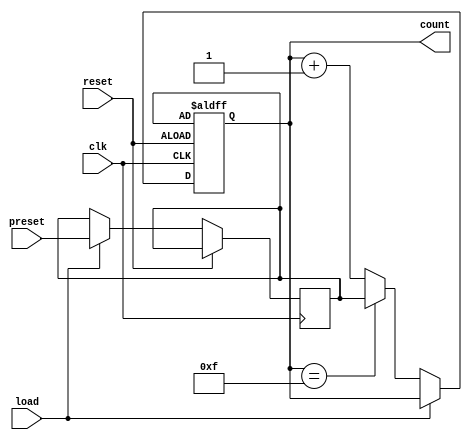
module PresettableCounter #(
    parameter N = 4 // Parameter to specify the bit-width of the counter
) (
    input wire clk,         // Clock input
    input wire reset,       // Asynchronous reset input
    input wire [N-1:0] preset, // Preset value input
    input wire load,        // Load control signal
    output reg [N-1:0] count // Current count output
);

    reg [N-1:0] preset_reg; // Register to hold the preset value

    // Asynchronous reset to load the preset value
    always @(posedge clk or posedge reset) begin
        if (reset) begin
            count <= preset_reg; // Reset to the preset value
        end else if (load) begin
            preset_reg <= preset; // Load preset value into preset register
        end else begin
            if (count == (2**N - 1)) begin
                count <= preset_reg; // Roll over to preset value
            end else begin
                count <= count + 1; // Increment the counter
            end
        end
    end

endmodule